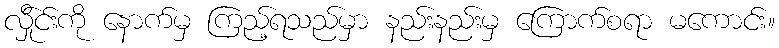
လ်ှိုင်းကို နောက်မှ ကြည့်ရသည်မှာ နည်းနည်းမှ ကြောက်စရာ မကောင်း။